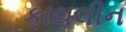
કાથલીન